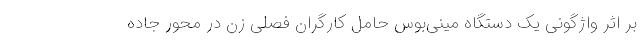
بر اثر واژگونی یک دستگاه مینی‌بوس حامل کارگران فصلی زن در محور جاده